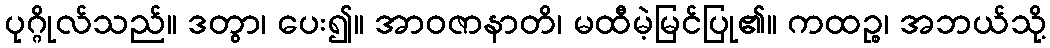
ပုဂ္ဂိုလ်သည်။ ဒတွာ၊ ပေး၍။ အာဝဇာနာတိ၊ မထီမဲ့မြင်ပြု၏။ ကထဉ္စ၊ အဘယ်သို့